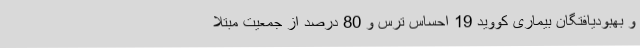
و بهبودیافتگان بیماری کووید 19 احساس ترس و 80 درصد از جمعیت مبتلا